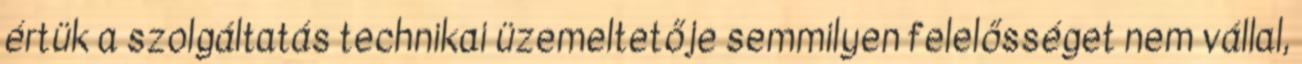
értük a szolgáltatás technikai üzemeltetője semmilyen felelősséget nem vállal,